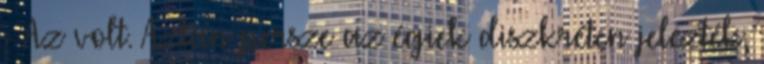
- Az volt. Aztán persze az égiek diszkréten jelezték,